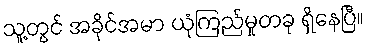
သူ့တွင် အခိုင်အမာ ယုံကြည်မှုတခု ရှိနေပြီ။